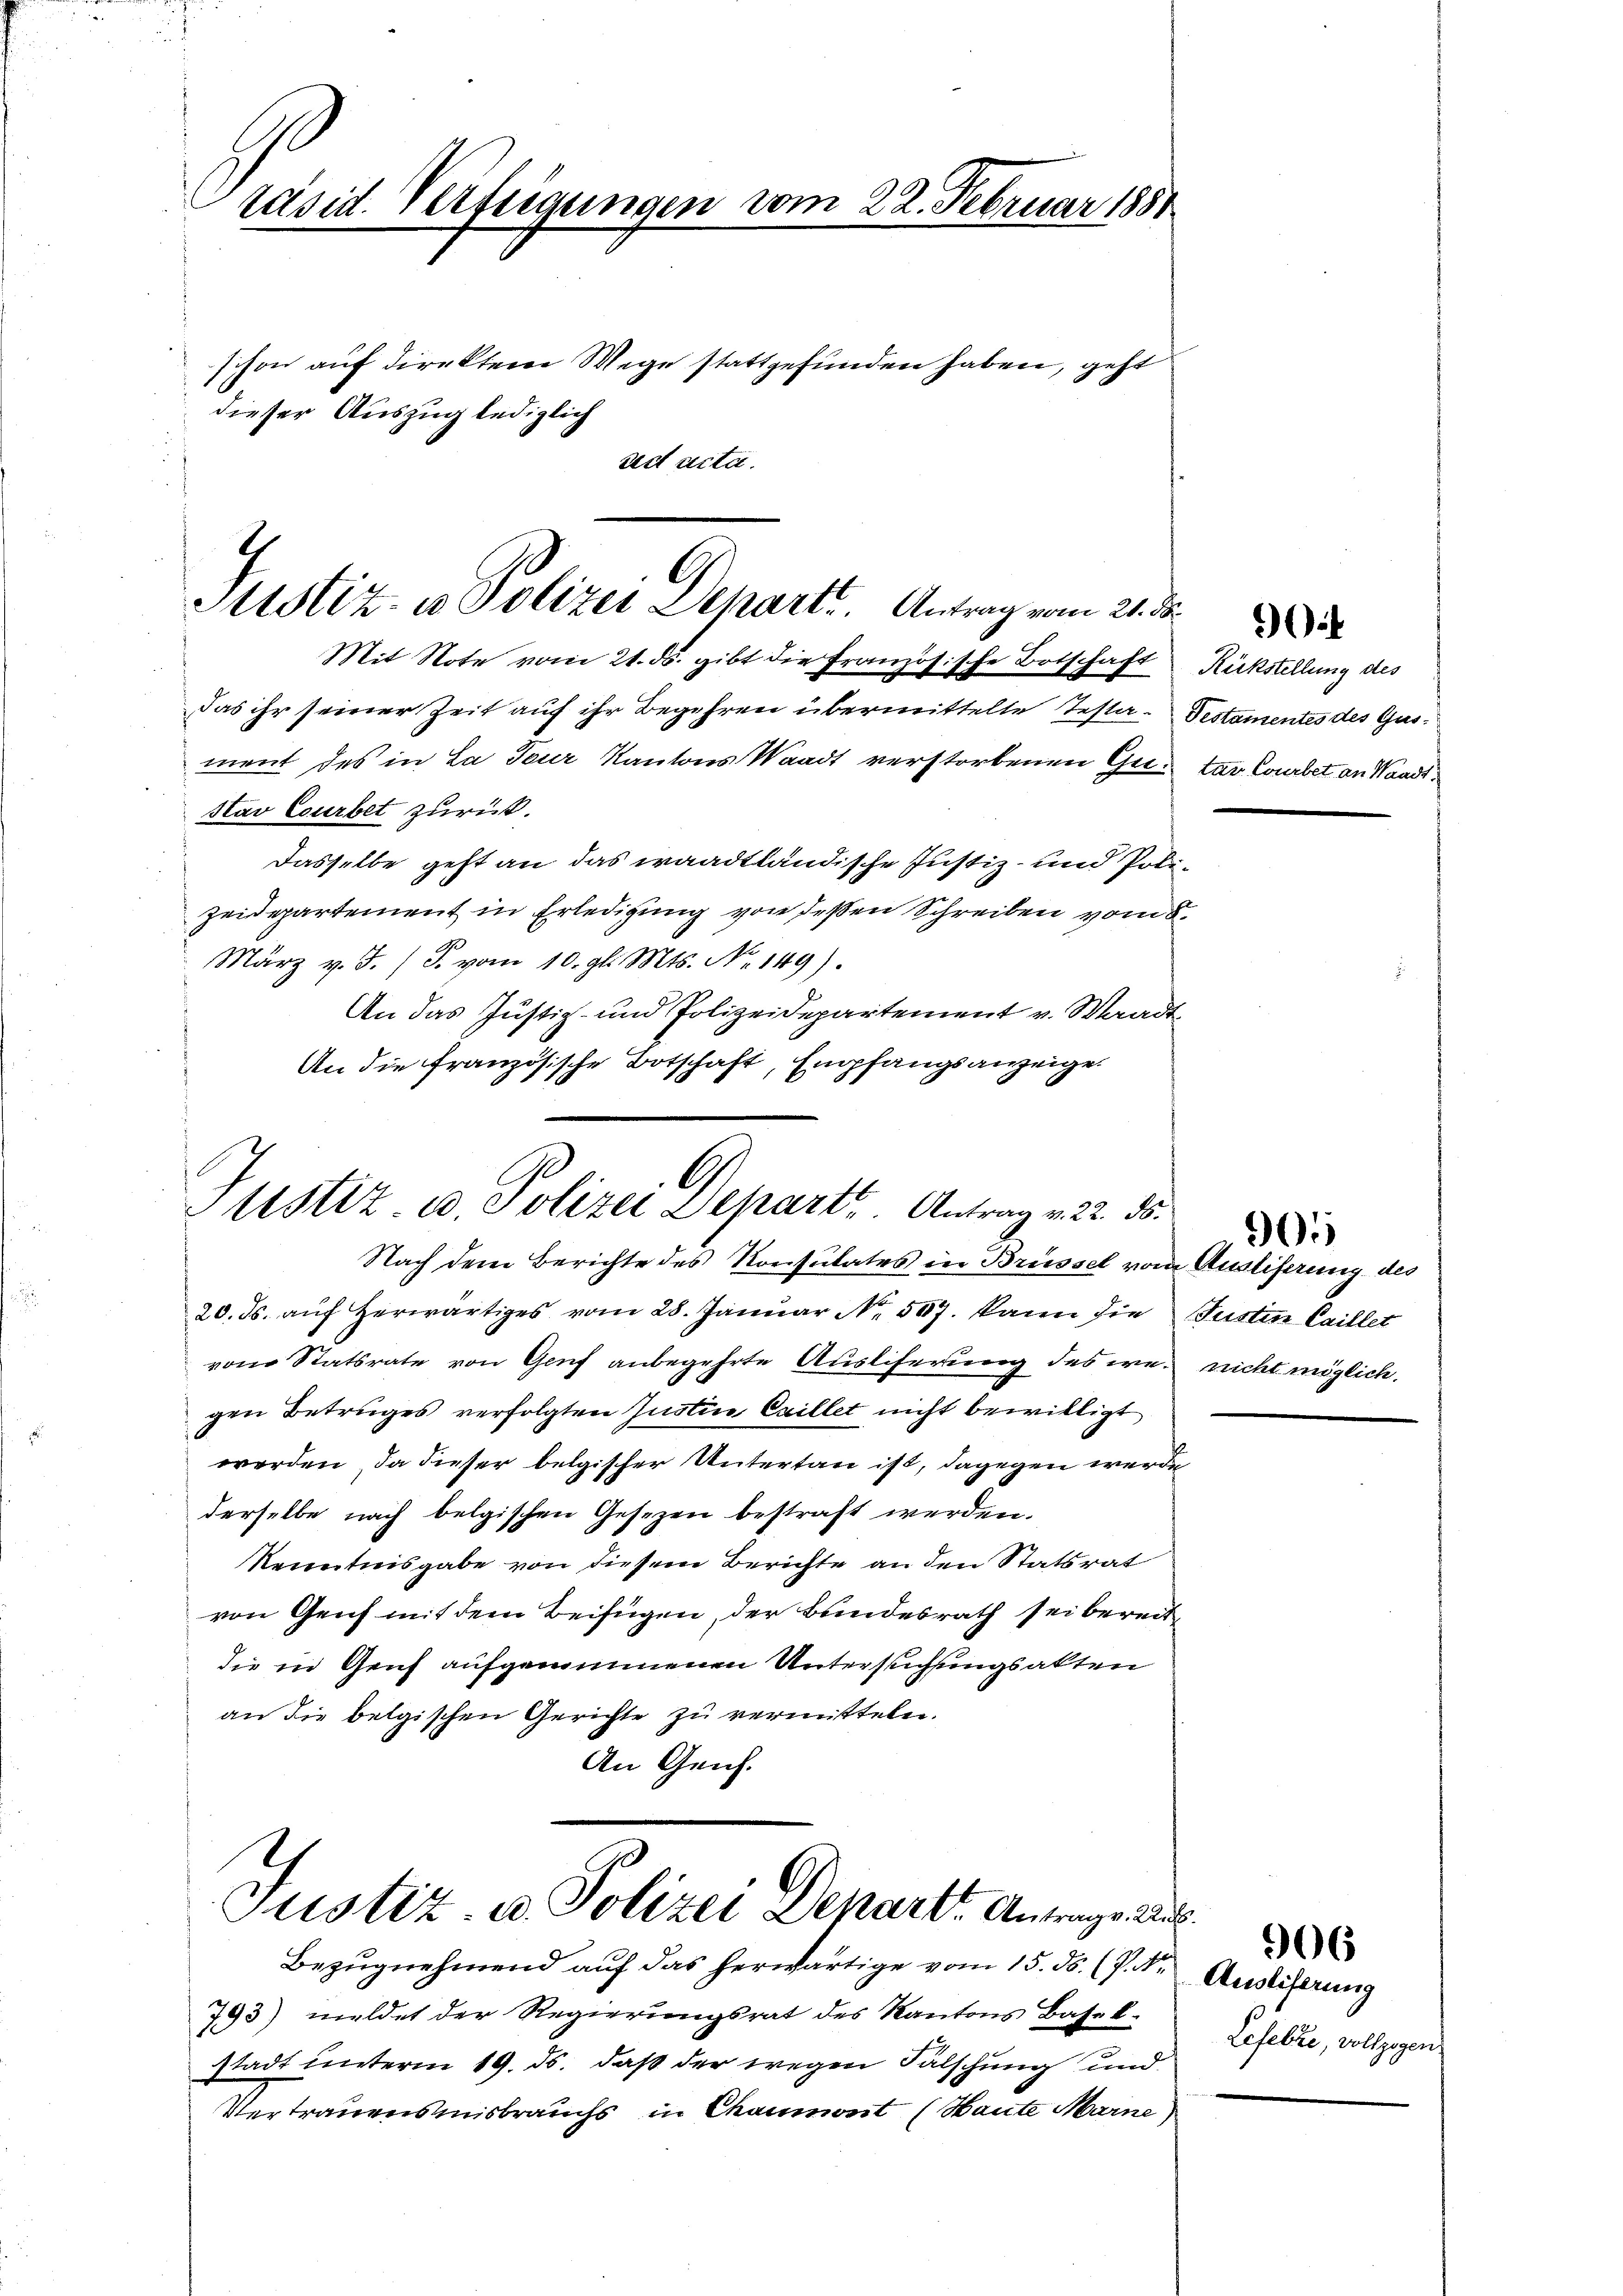
Präsid. Verfügungen vom 22. Februar 1881

dieser Auszug lediglich

sest acta.

schon auf direktem Wege stattgefunden haben, geht

Das ihr seiner Zeit auf ihr Begehren übermittelte Testa- Destamentes des Gusment des in La Tour Kantons Waadt verstorbenen Gustav Csurbet zurück.
Dasselbe geht an das waadtländische Justiz- und Poli¬
Zeidepartement in Erledigung von deßen Schreiben vom 8.
 März v. J. J. vom 10. gl. Mts. No. 149).
An das Justiz- und Polizeidepartement v. Waadt
An die französische Botschaft, Empfangsanzeige

G
Justiz- u Polizei Schart. Antrag vom 21. d.
Mit Note vom 21. ds. gibt die Französische Botschaft

G
ustiz u. Polizei Depart. Antrag v. 22. ds.
Nach dem Berichte des Konsulates in Brüssel vom Ausliferung des

Justiz u. Polizei Depart. Antrage Au

20. ds. auf herwärtiges vom 28. Januar No. 507. kann die Justin Caillet
von Statsrate von Genf anbegehrte Ausliferung des we- nicht möglich.
gen Betruges verfolgten Justice Caillet nicht bewilligt
werden, da dieser belgischer Untertan ist, dagegen werde
derselbe nach belgischen Gesezen bestraft werden.
Kenntnisgabe von diesem Berichte an den Statsrat
von Genf mit dem Beifügen, der Bundesrath sei bereitdie in Genf aufgenommenen Untersuchungsakten
an die belgischen Gerichte zu vermitteln.
An Geich.

Bezugnehmend auf das herwärtige vom 15. ds. (P. Nr.
793) meldet der Regierungsrat des Kantons Basel.
stadt unterm 19. ds. daß der wegen Fälschung und
Vertrauensmisbrauchs in Chaumont (Haute Marne

Rückstellung des
tar Courbet an Waadt.

905

Auslieferung
Lefetze, vollzogen

906